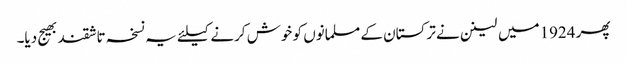
پھر 1924میں لینن نے ترکستان کے مسلمانوں کو خوش کرنے کیلئے یہ نسخہ تاشقند بھیج دیا۔